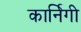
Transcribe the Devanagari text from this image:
कार्निगी